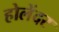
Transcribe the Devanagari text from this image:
होलेंदर